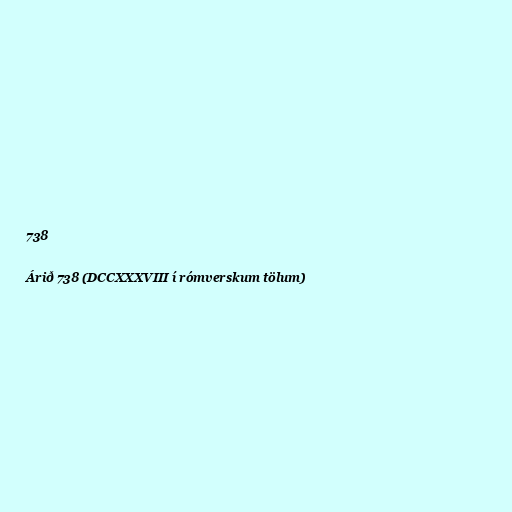
738

Árið 738 (DCCXXXVIII í rómverskum tölum)